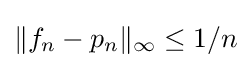
\|f_{n}-p_{n}\|_{\infty }\leq 1/n